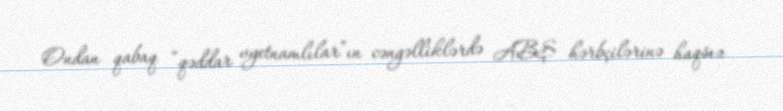
Ondan qabaq “qəddar vyetnamlılar”ın cəngəlliklərdə ABŞ hərbçilərinə haqsız